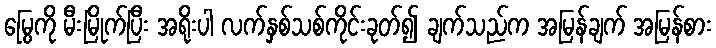
မြွေကို မီးမြိုက်ပြီး အရိုးပါ လက်နှစ်သစ်ကိုင်းခုတ်၍ ချက်သည်က အမြန်ချက် အမြန်စား